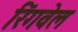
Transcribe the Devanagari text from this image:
रिंगवेल